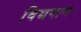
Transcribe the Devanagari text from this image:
विद्यपान